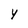
Character: Y